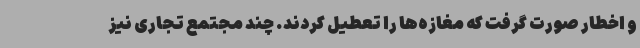
و اخطار صورت گرفت که مغازه‌ها را تعطیل کردند. چند مجتمع تجاری نیز